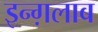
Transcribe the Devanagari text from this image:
इन्ग़लाब